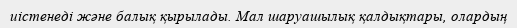
иістенеді және балық қырылады. Мал шаруашылық қалдықтары, олардың